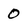
Character: 0